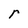
Character: r